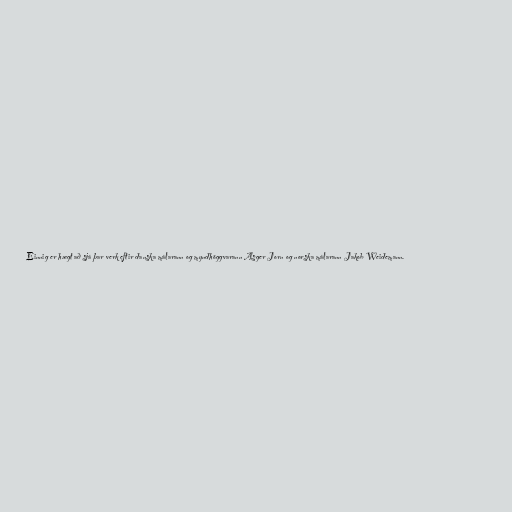
Einnig er hægt að sjá þar verk eftir danska málarann og myndhöggvarann Asger Jorn og norska málarann Jakob Weidemann.